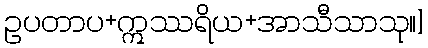
ဥပတာပ+ဣဿရိယ+အာသီသာသု။]